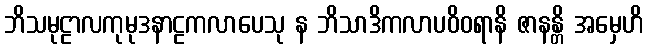
ဘိသမုဠာလကုမုဒနာဠကလာပေသု န ဘိသာဒိကလာပဝိဝရာနိ ဇာနန္တိ အမှေဟိ